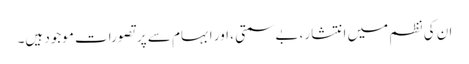
ان کی نظم میں انتشار، بے سمتی ، اور ابہام سے پر تصورات موجود ہیں۔